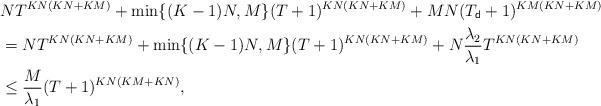
LaTeX: \begin{align*}&NT^{KN(KN+KM)}+\min\{(K-1)N,M\} (T+1)^{KN(KN+KM)}+MN(T_{\sf d}+1)^{KM(KN+KM)}\\&=NT^{KN(KN+KM)}+\min\{(K-1)N,M\} (T+1)^{KN(KN+KM)}+N\frac{\lambda_2}{\lambda_1}T^{KN(KN+KM)}\\&\leq \frac{M}{\lambda_1}(T+1)^{KN(KM+KN)},\end{align*}